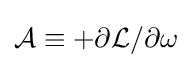
{\mathcal {A}}\equiv +\partial {\mathcal {L}}/\partial \omega